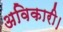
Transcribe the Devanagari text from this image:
अविकारी।